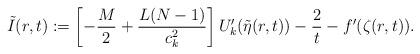
LaTeX: \begin{align*}\tilde I(r,t):=\left[-\frac{M}2+\frac{L(N-1)}{c_{k}^2}\right]U'_{k}(\tilde \eta(r,t))-\frac{2}{t}-f'(\zeta(r,t)).\end{align*}